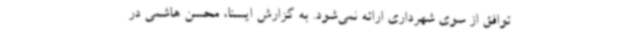
توافق از سوی شهرداری ارائه نمی‌شود. به گزارش ایسنا، محسن هاشمی در